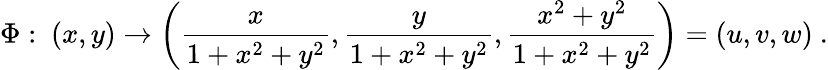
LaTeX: \Phi:\ (x,y)\rightarrow\left({\frac{x}{1+x^{2}+y^{2}}},{\frac{y}{1+x^{2}+y^{2}}},{\frac{x^{2}+y^{2}}{1+x^{2}+y^{2}}}\right)=(u,v,w)\ .